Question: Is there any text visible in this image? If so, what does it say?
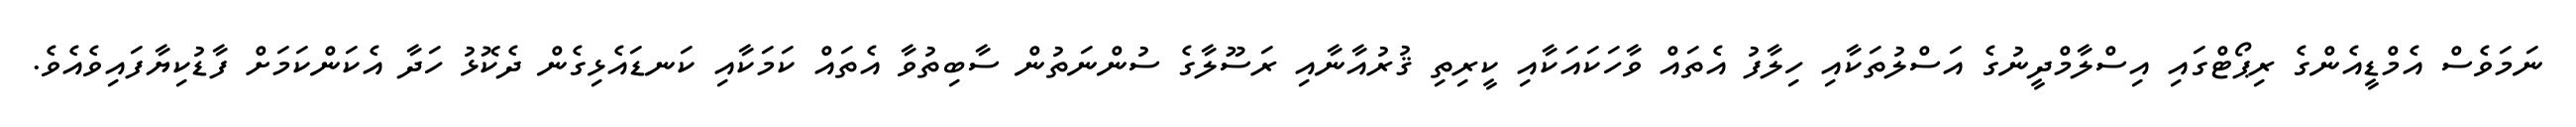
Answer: ނަމަވެސް އެމްޑީއެންގެ ރިޕޯޓްގައި އިސްލާމްދީނުގެ އަސްލުތަކާއި ހިލާފު އެތައް ވާހަކައަކާއި ކީރިތި ޤުރުއާނާއި ރަސޫލާގެ ސުންނަތުން ސާބިތުވާ އެތައް ކަމަކާއި ކަނޑައެޅިގެން ދެކޮޅު ހަދާ އެކަންކަމަށް ފާޑުކިޔާފައިވެއެވެ.